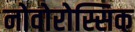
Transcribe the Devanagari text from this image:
नोवोरोस्सिक